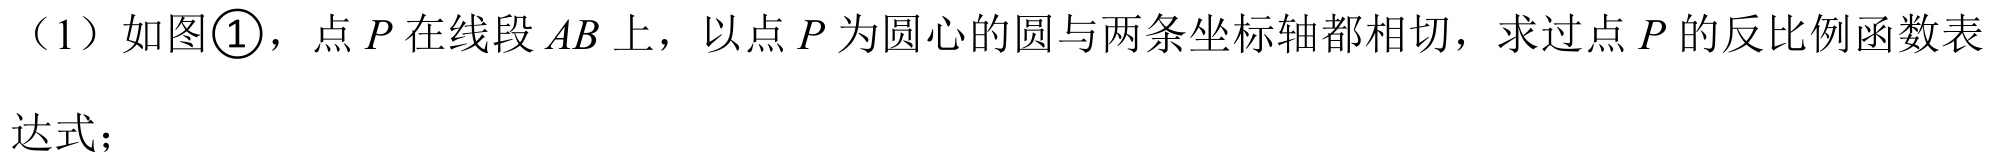
（1）如图\textcircled{1}，点\(P\)在线段\(AB\)上，以点\(P\)为圆心的圆与两条坐标轴都相切，求过点\(P\)的反比例函数表达式；